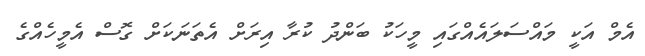
އެމް އަކީ މައްސަލައެއްގައި މީހަކު ބަންދު ކުރާ އިރަށް އެތަނަކަށް ގޮސް އެމީހެއްގެ